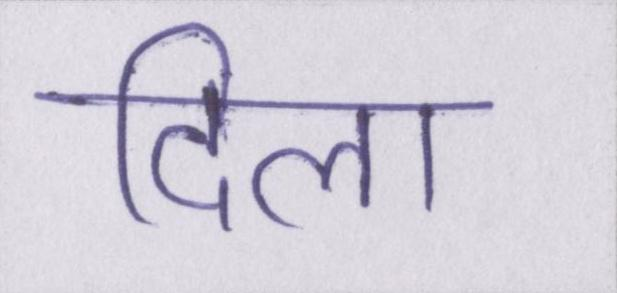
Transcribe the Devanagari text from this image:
दिला